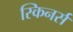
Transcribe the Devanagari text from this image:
स्किनर्स